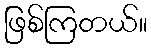
ဖြစ်ကြတယ်။